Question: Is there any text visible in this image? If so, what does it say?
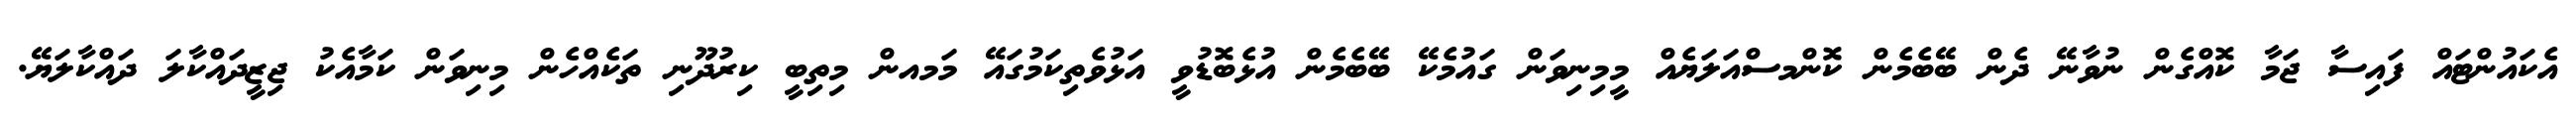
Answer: އެކައުންޓައް ފައިސާ ޖަމާ ކޮއްގެން ނުވާނޭ ދެން ބޭބެމެން ކޮންމސްއަލަޔެއް މީމިނިވަން ގައުމެކޭ ބޭބެމެން އުޅެބޮޑުވީ އަޅުވެތިކަމުގައޭ މަމއން މިތިބީ ކިރުދޫނި ތަކެއްހެން މިނިވަން ކަމާއެކު ޖިޒީދައްކާލަ ދައްކާލަޔޭ.